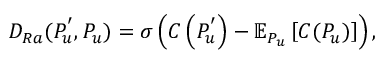
D _ { R a } ( P _ { u } ^ { ' } , P _ { u } ) = \sigma \left( C \left( P _ { u } ^ { ' } \right) - \mathbb { E } _ { P _ { u } } \left[ C ( P _ { u } ) \right] \right) ,